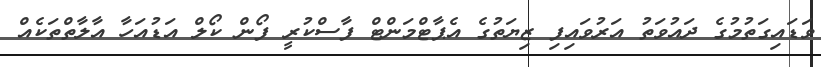
ވަޑައިގަތުމުގެ ދައުވަތު އަރުވައިފި ޒިޔަތުގެ އެޕާޓްމަންޓް ފާސްކުރީ ފޯން ކޯލް އަޑުއަހާ އާލާތްތަކެއް